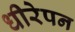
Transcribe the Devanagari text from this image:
धीरेपन